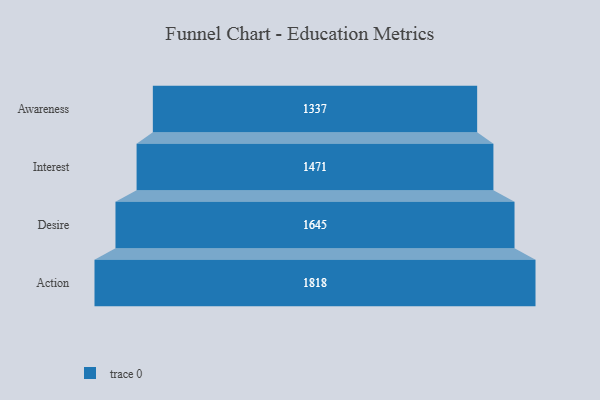
{"axis": {"x": "Stage", "y": "Value"}, "legend": [""], "data": [{"x": "Awareness", "y": 1337.0, "type": ""}, {"x": "Interest", "y": 1471.0, "type": ""}, {"x": "Desire", "y": 1645.0, "type": ""}, {"x": "Action", "y": 1818.0, "type": ""}]}